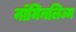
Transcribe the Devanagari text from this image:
नॉमिनलिज्म